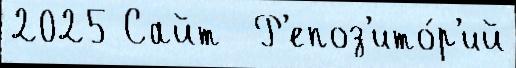
2025 Сайт  Р'епоз'ито́р'ий